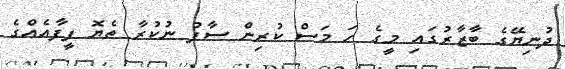
ދުނިޔޭގެ ބާޒާރުގައި މީގެ ހަ މަސް ކުރިން ސާފު ނުކުރާ ތެޔޮ ފީފާއެއްގެ